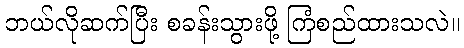
ဘယ်လိုဆက်ပြီး စခန်းသွားဖို့ ကြံစည်ထားသလဲ။